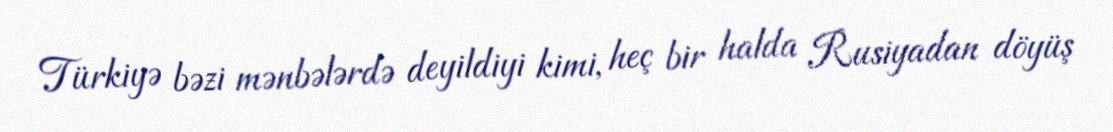
Türkiyə bəzi mənbələrdə deyildiyi kimi, heç bir halda Rusiyadan döyüş